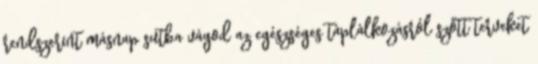
rendszerint másnap sutba vágod az egészséges táplálkozásról szőtt terveket